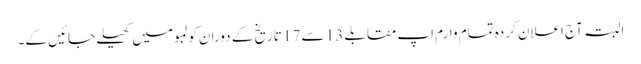
البتہ آج اعلان کردہ تمام وارم اپ مقابلے 13 سے 17 تاریخ کے دوران کولمبو میں کھیلے جائیں گے۔